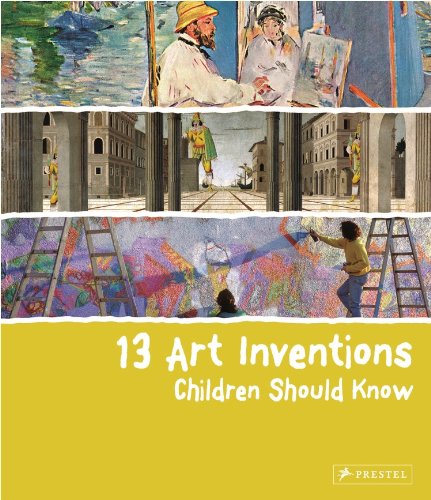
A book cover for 13 Art Inventions Children Should Know; Florian Heine; Children's Books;